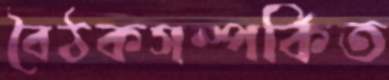
বৈঠকসম্পর্কিত